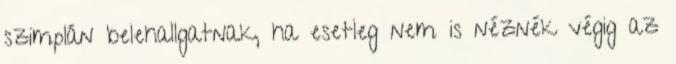
szimplán belehallgatnak, ha esetleg nem is néznék végig az